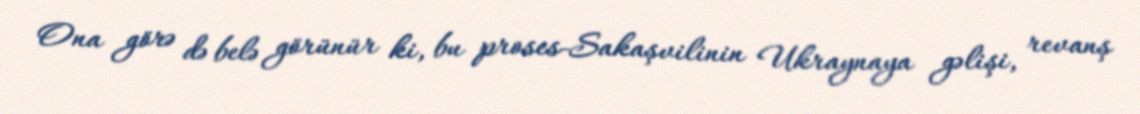
Ona görə də belə görünür ki, bu proses-Sakaşvilinin Ukraynaya gəlişi, revanş